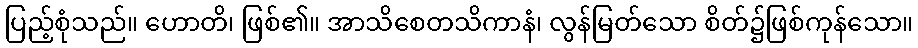
ပြည့်စုံသည်။ ဟောတိ၊ ဖြစ်၏။ အာသိစေတသိကာနံ၊ လွန်မြတ်သော စိတ်၌ဖြစ်ကုန်သော။